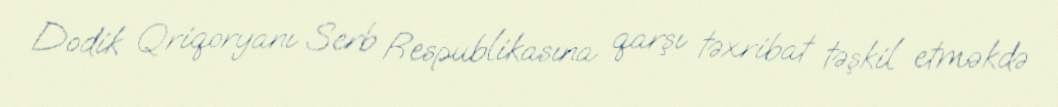
Dodik Qriqoryanı Serb Respublikasına qarşı təxribat təşkil etməkdə